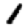
Digit: 1